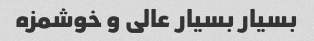
بسیار بسیار عالی و خوشمزه